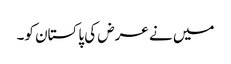
میں نے عرض کی پاکستان کو۔